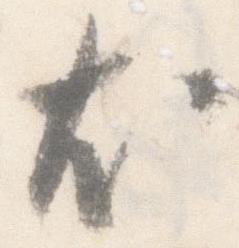
尤